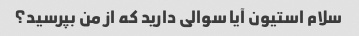
سلام استیون آیا سوالی دارید که از من بپرسید؟